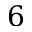
6